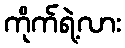
ကိုက်ရဲ့လား